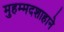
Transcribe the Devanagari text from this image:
मुहम्मदशाहाने